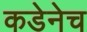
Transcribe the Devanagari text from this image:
कडेनेच